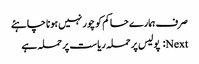
صرف ہمارے حاکم کو چور نہیں ہونا چاہئے
Next: پولیس پر حملہ ریاست پر حملہ ہے